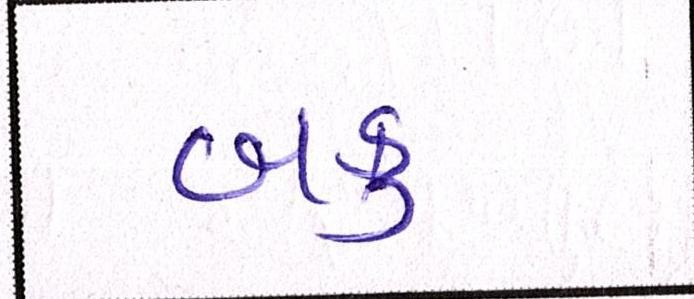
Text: બકુ